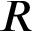
R